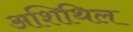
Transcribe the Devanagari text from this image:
अशिथिल